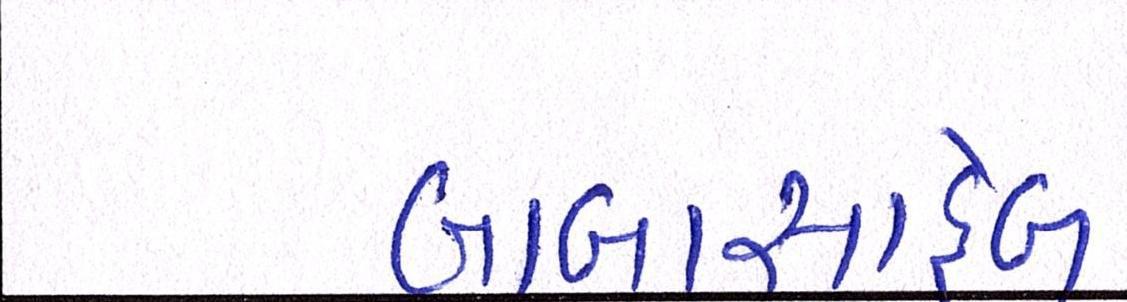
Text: બાબાસાહેબ